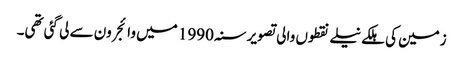
زمین کی ہلکے نیلے نقطوں والی تصویر سنہ 1990 میں وائجر ون سے لی گئی تھی۔